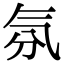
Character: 氛